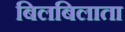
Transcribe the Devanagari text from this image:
बिलबिलाता